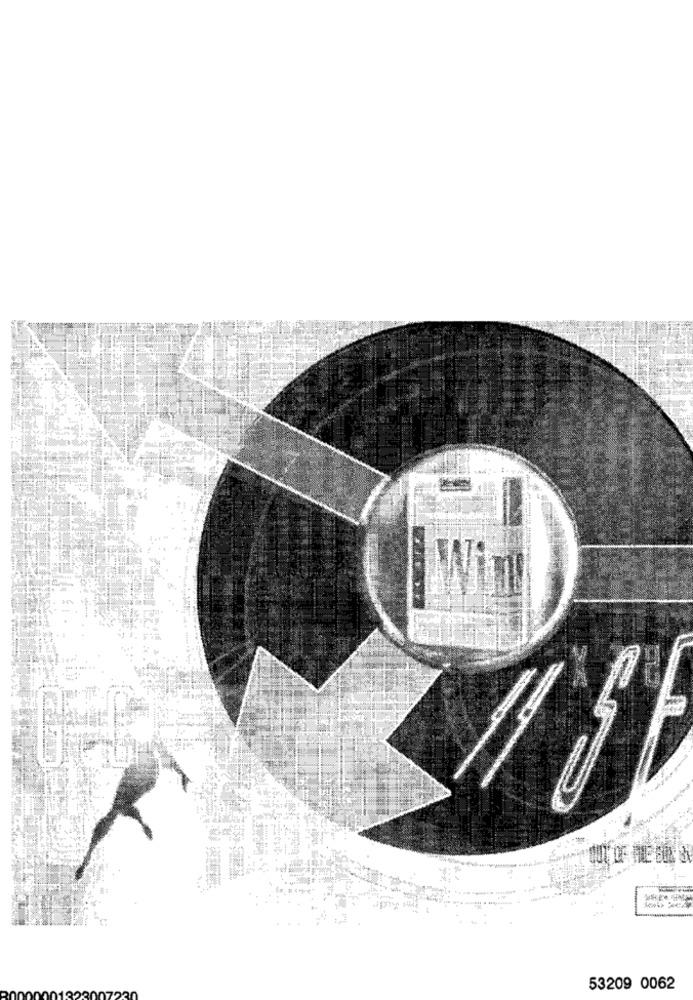
53209 0062